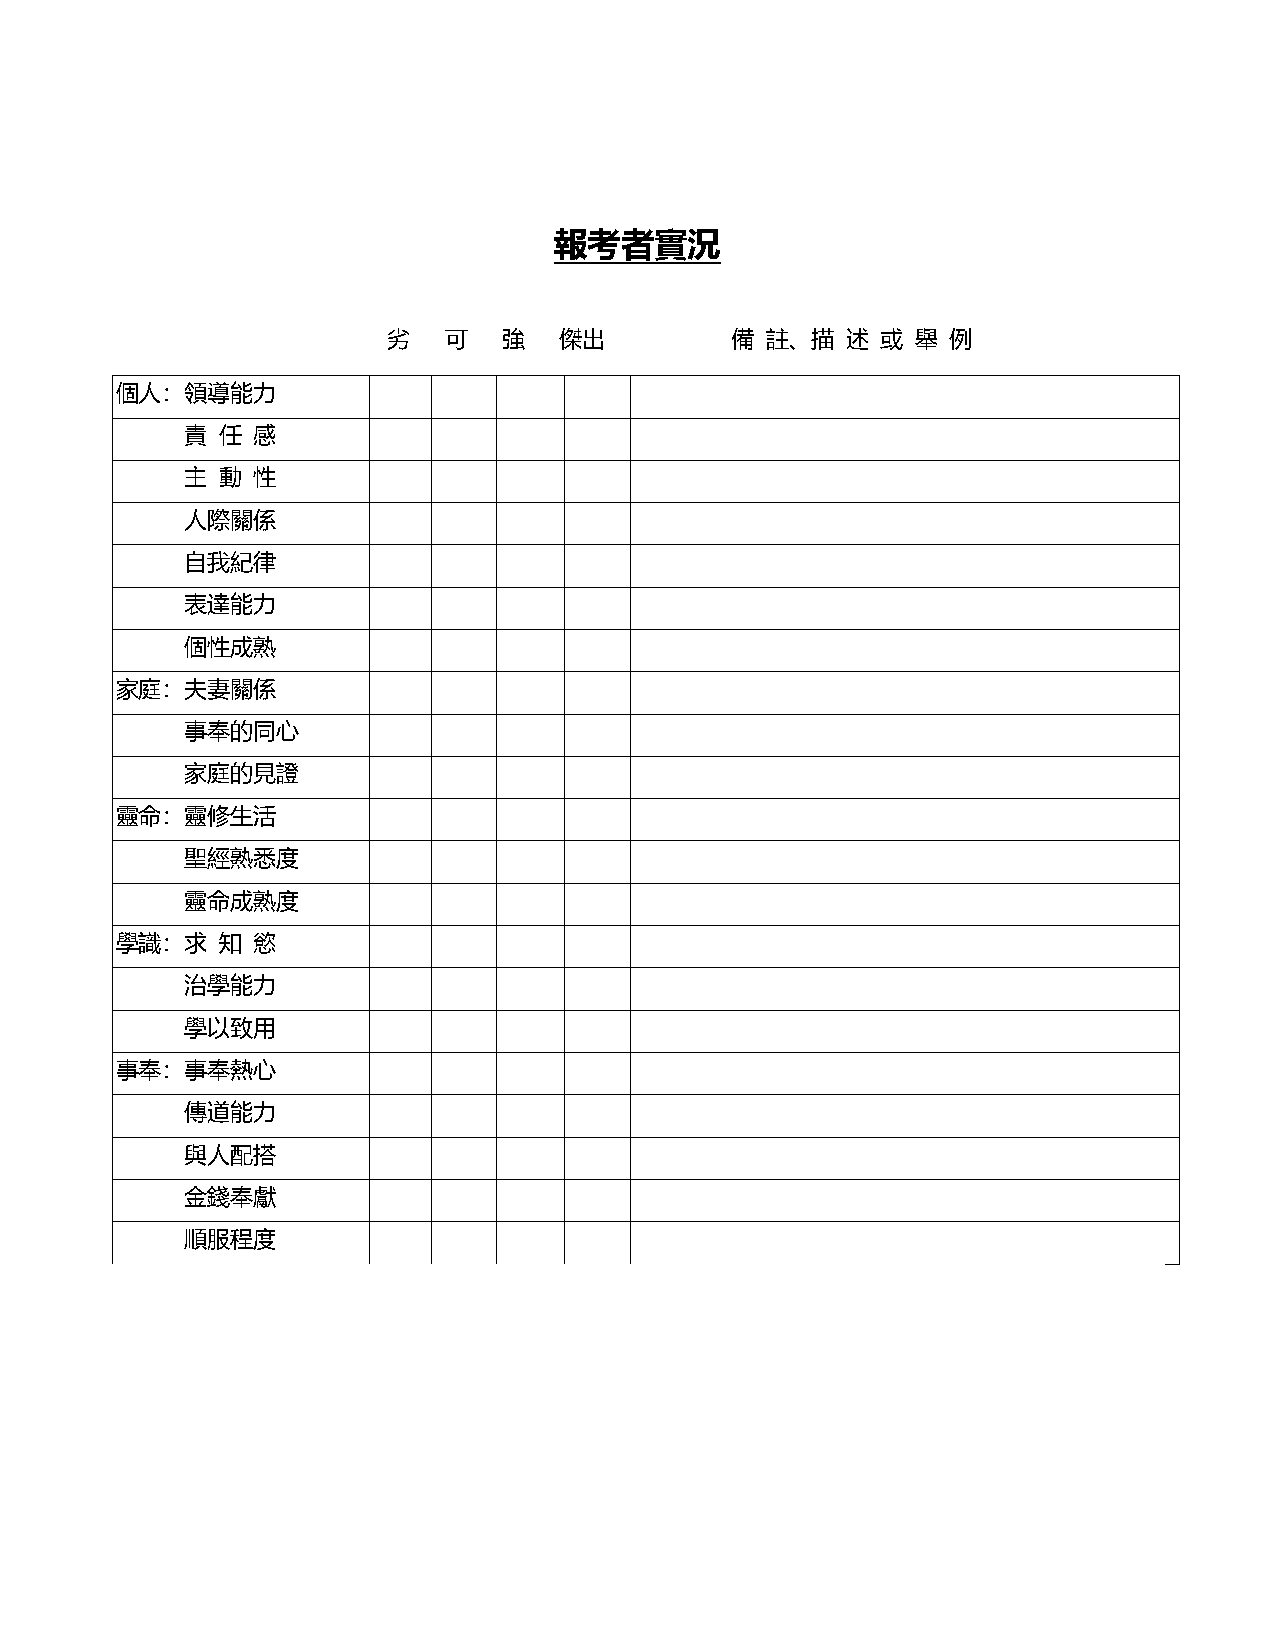
報考者實況
 劣   可   強   傑出         備  註、描  述 或  舉 例
 個人：領導能力
 責 任  感
 主 動  性
 人際關係
 自我紀律
 表達能力
 個性成熟
 家庭：夫妻關係
 事奉的同心
 家庭的見證
 靈命：靈修生活
 聖經熟悉度
 靈命成熟度
 學識：求  知  慾
 治學能力
 學以致用
 事奉：事奉熱心
 傳道能力
 與人配搭
 金錢奉獻
 順服程度